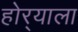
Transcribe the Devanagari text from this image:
होर्‍याला